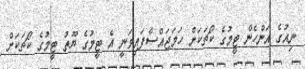
ނިއުގެ އަންހެން ޓީމުގެ ކޯޗަކަށް ހަމަޖައްސާފައިވަނީ އެ ޓީމުގެ ޔޫތު ޓީމުގެ ކޯޗަކަށް